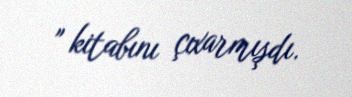
" kitabını çıxarmışdı.